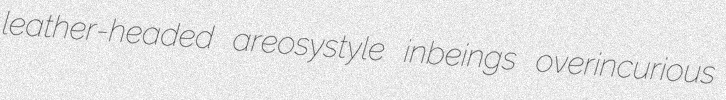
leather-headed areosystyle inbeings overincurious